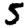
Digit: 5